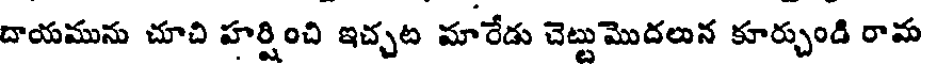
దాయమును చూచి హర్షించి ఇచ్చట మారేడు చెట్టుమొదలున కూర్చుండి రామ